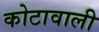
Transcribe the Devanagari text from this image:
कोटावाली